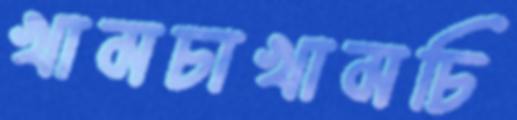
খামচাখামচি